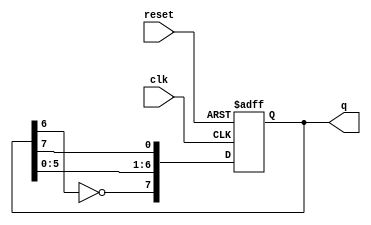
module johnson_counter (
    input wire clk,       // Clock input
    input wire reset,     // Asynchronous reset
    output reg [7:0] q    // 8-bit output
);

    // Always block triggered on the rising edge of the clock or reset
    always @(posedge clk or posedge reset) begin
        if (reset) begin
            // Asynchronous reset: set all bits to 0
            q <= 8'b00000000;
        end else begin
            // Johnson counter logic: feedback from the last flip-flop
            q[7] <= ~q[6]; // D0 = NOT Q7
            q[6] <= q[5];
            q[5] <= q[4];
            q[4] <= q[3];
            q[3] <= q[2];
            q[2] <= q[1];
            q[1] <= q[0];
            q[0] <= q[7]; // Shift right with feedback
        end
    end

endmodule